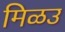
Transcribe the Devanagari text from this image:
मिळउ